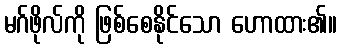
မဂ်ဖိုလ်ကို ဖြစ်စေနိုင်သော ဟောထား၏။